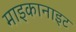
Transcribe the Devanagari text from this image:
माइकानाइट